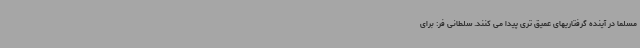
مسلما در آینده گرفتاریهای عمیق تری پیدا می کنند. سلطانی فر: برای